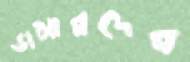
ডামারদের